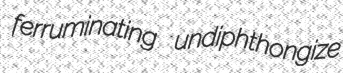
ferruminating undiphthongize